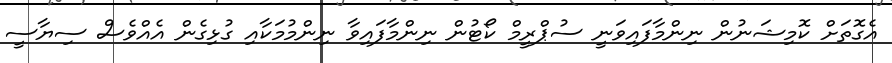
އެގޮތަށް ކޮމިޝަނުން ނިންމާފައިވަނީ ސުޕްރީމް ކޯޓުން ނިންމާފައިވާ ނިންމުމަކާއި ގުޅިގެން އެއްވެސް ސިޔާސީ